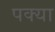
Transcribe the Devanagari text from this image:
पक्या